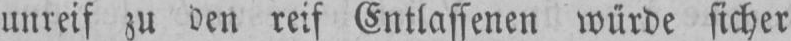
unreif zu den reif Entlassenen würde sicher